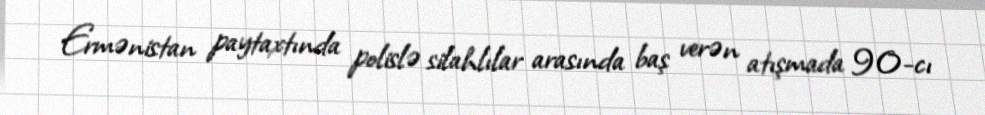
Ermənistan paytaxtında polislə silahlılar arasında baş verən atışmada 90-cı